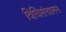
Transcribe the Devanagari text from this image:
विधिसंचालन